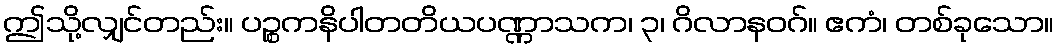
ဤသို့လျှင်တည်း။ ပဉ္စကနိပါတတိယပဏ္ဏာသက၊ ၃၊ ဂိလာနဝဂ်။ ဧကံ၊ တစ်ခုသော။